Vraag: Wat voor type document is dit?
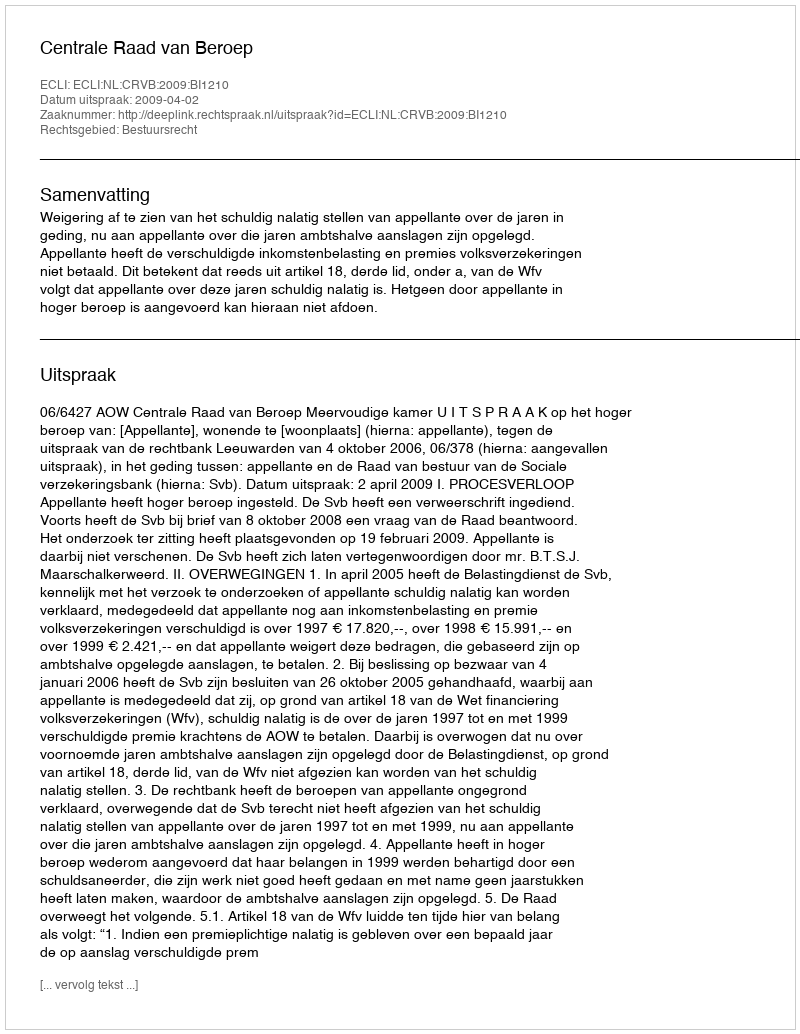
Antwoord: Uitspraak